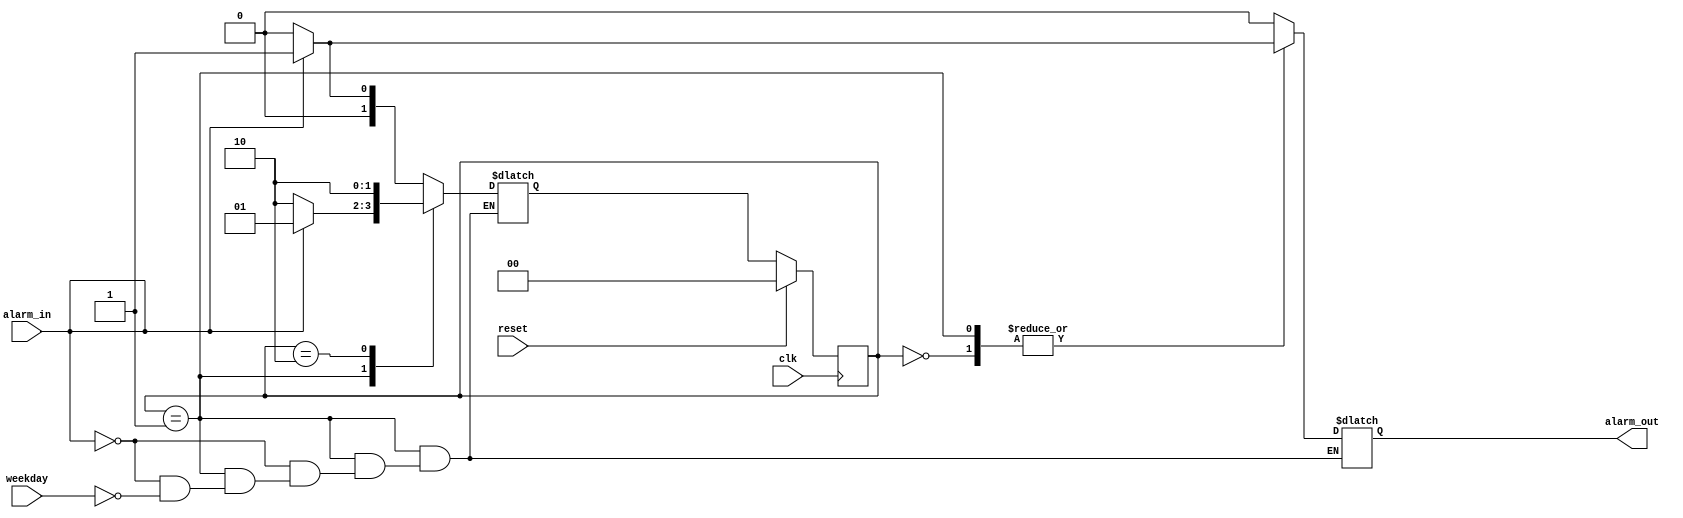
module alarm_clock(alarm_in,weekday,clk,alarm_out,reset);

	output reg alarm_out;
	input alarm_in,clk,weekday,reset;

	reg [1:0] pre_state;
	reg [1:0] next_state;

	parameter ASLEEP = 2'b00, AWAKE_IN_BED = 2'b01, AWAKE_AND_UP = 2'b10;

	always @(alarm_in,weekday)
	begin
		case (pre_state)
			ASLEEP : begin
					if (alarm_in == 0)
						begin
							next_state = ASLEEP;
							alarm_out = 0;
						end
					else
						begin
							next_state = AWAKE_IN_BED;
							alarm_out = 1;
						end
				 end
			AWAKE_IN_BED : begin
						if (alarm_in == 1)
							begin
								next_state = AWAKE_IN_BED;
								alarm_out = 1;
							end
						else
						begin
							if (weekday == 1)
							begin
								next_state = AWAKE_AND_UP;
								alarm_out = 0;
							end
						end
					end 
			AWAKE_AND_UP : begin
						next_state = AWAKE_AND_UP;
						alarm_out = 0;
					end
			default : begin
					next_state = 2'bxx;
					alarm_out = 0;
				  end
													
		endcase
	end

	always @(posedge clk)
	begin
		if (reset)
			pre_state = ASLEEP;	
		else
			pre_state = next_state;
	end
endmodule

module fsm_alarm_clock_tb();

	reg alarm_in,clk,weekday,reset;
	wire alarm_out;

	alarm_clock tb(alarm_in,weekday,clk,alarm_out,reset);

	initial
	begin
		clk = 0;
		reset = 0;
		#10 reset = 1;
		#10 reset = 0;
	end

	always #5 clk =~ clk;

	initial
	begin
		alarm_in = 0; weekday = 0;
		#20 alarm_in = 1;
		#20 alarm_in = 0;
		#20 alarm_in = 0; weekday = 1;
	end
endmodule